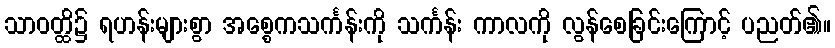
သာဝတ္ထိ၌ ရဟန်းများစွာ အစ္စေကသင်္ကန်းကို သင်္ကန်း ကာလကို လွန်စေခြင်းကြောင့် ပညတ်၏။